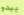
يبدو